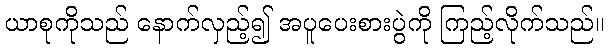
ယာစုကိုသည် နောက်လှည့်၍ အပူပေးစားပွဲကို ကြည့်လိုက်သည်။